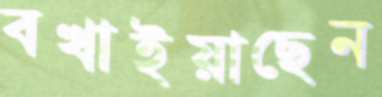
বখাইয়াছেন